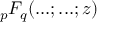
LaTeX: _ { p } F _ { q } ( . . . ; . . . ; z )